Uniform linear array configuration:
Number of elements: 12
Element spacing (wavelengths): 0.25
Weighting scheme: hamming
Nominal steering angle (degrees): -45
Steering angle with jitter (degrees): -45.921
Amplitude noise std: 0.05
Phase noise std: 0.05

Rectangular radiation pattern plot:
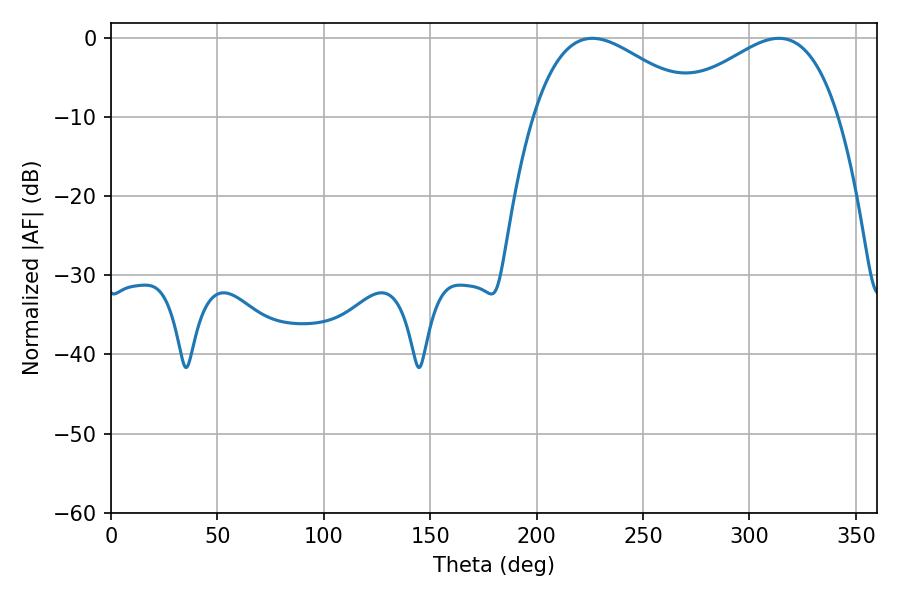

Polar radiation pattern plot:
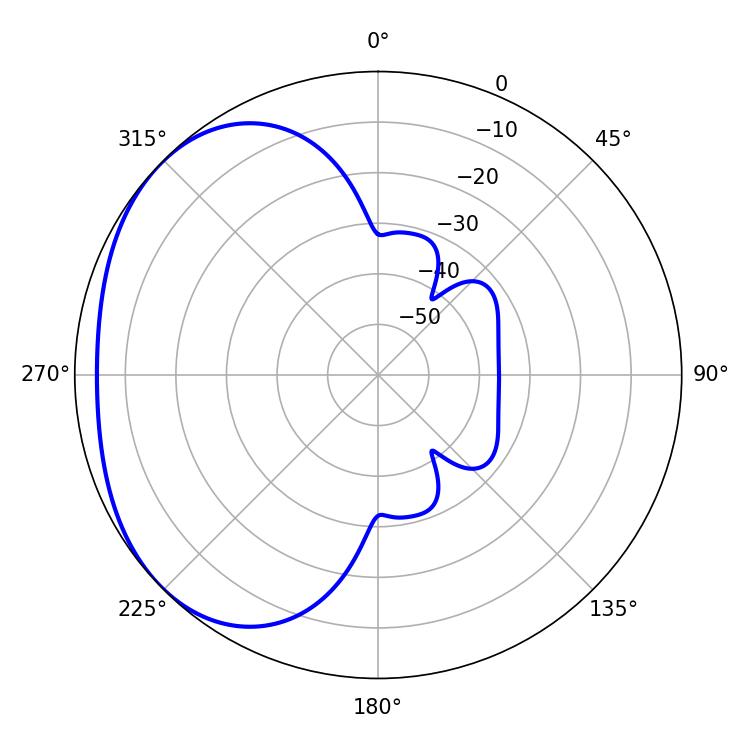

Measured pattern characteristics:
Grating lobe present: FALSE
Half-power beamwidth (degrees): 42.66
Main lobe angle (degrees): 226.26